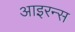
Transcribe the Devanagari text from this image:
आइरन्स